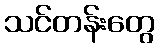
သင်တန်းတွေ